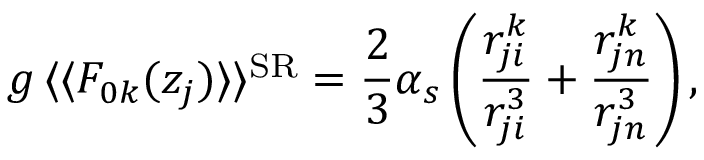
g \, \langle \langle F _ { 0 k } ( z _ { j } ) \rangle \rangle ^ { \mathrm { S R } } = \frac { 2 } { 3 } \alpha _ { s } \left( \frac { r _ { j i } ^ { k } } { r _ { j i } ^ { 3 } } + \frac { r _ { j n } ^ { k } } { r _ { j n } ^ { 3 } } \right) ,